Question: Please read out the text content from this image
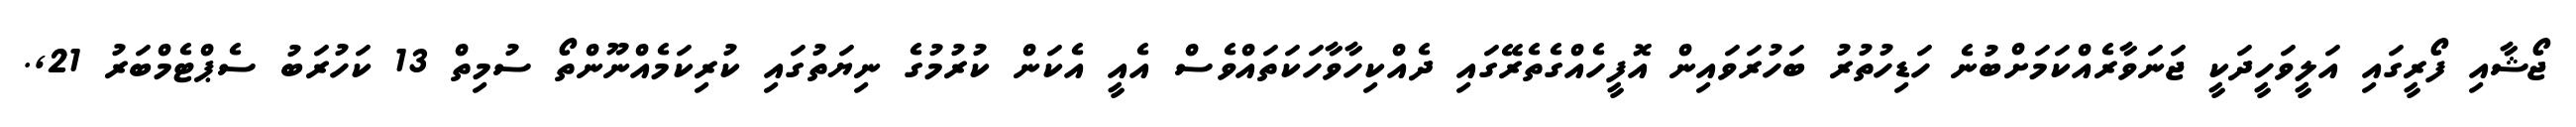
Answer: ޖޯޝާއި ފޯރީގައި އަލީވަހީދަކީ ޖަނަވާރެއްކަމަށްބުނެ ހަޑިހުތުރު ބަހުރަވައިން އޮފީހެއްގެތެރޭގައި ދެއްކިހާވާހަކަތައްވެސް އެއީ އެކަން ކުރުމުގެ ނިޔަތުގައި ކުރިކަމެއްނޫންތޯ ސުމިތް 13 ކަހުރަބު ސެޕްޓެމްބަރު 21,.